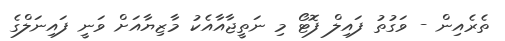
ތެރެއިން - ވަގުތު ފައިލް ފޮޓޯ މި ނަތީޖާއާއެކު މާޒިޔާއަށް ވަނީ ފައިނަލްގެ